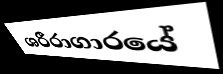
ශරීරාගාරයේ